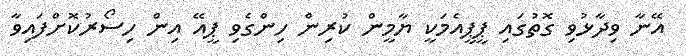
އޭނާ ވިދާޅުވި ގޮތުގައި ޕީޕީއެމަކީ ޔާމީން ކުރިން ހިންގެވި ޕީއޭ އިން ހިސޯރުކޮށްފައިވާ